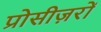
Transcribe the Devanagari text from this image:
प्रोसीज़रों